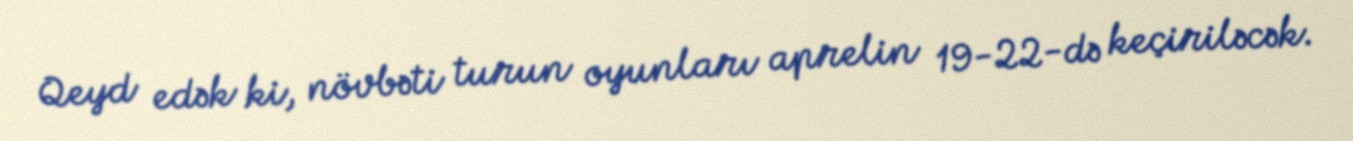
Qeyd edək ki, növbəti turun oyunları aprelin 19-22-də keçiriləcək.